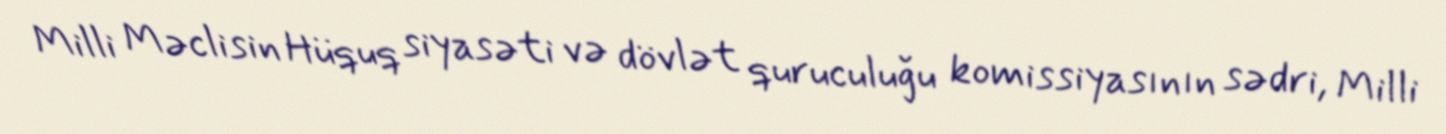
Milli Məclisin Hüquq siyasəti və dövlət quruculuğu komissiyasının sədri, Milli